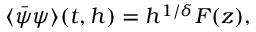
\langle \bar { \psi } \psi \rangle ( t , h ) = h ^ { 1 / \delta } F ( z ) ,